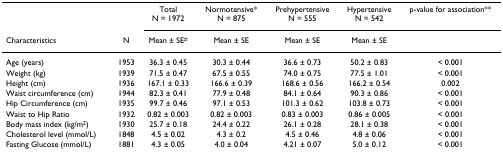
|  |  | Total N = 1972 | Normotensive* N = 875 | Prehypertensive N = 555 | Hypertensive N = 542 | p-value for association** |
 | Characteristics | N | Mean ± SE# | Mean ± SE | Mean ± SE | Mean ± SE |  |
 | --- | --- | --- | --- | --- | --- | --- |
 | Age (years) | 1953 | 36.3 ± 0.45 | 30.3 ± 0.44 | 36.6 ± 0.73 | 50.2 ± 0.83 | < 0.001 |
 | Weight (kg) | 1939 | 71.5 ± 0.47 | 67.5 ± 0.55 | 74.0 ± 0.75 | 77.5 ± 1.01 | < 0.001 |
 | Height (cm) | 1936 | 167.1 ± 0.33 | 166.6 ± 0.39 | 168.6 ± 0.56 | 166.2 ± 0.54 | 0.002 |
 | Waist circumference (cm) | 1944 | 82.3 ± 0.41 | 77.9 ± 0.48 | 84.1 ± 0.64 | 90.3 ± 0.86 | < 0.001 |
 | Hip Circumference (cm) | 1935 | 99.7 ± 0.46 | 97.1 ± 0.53 | 101.3 ± 0.62 | 103.8 ± 0.73 | < 0.001 |
 | Waist to Hip Ratio | 1932 | 0.82 ± 0.003 | 0.82 ± 0.003 | 0.83 ± 0.003 | 0.86 ± 0.005 | < 0.001 |
 | Body mass index (kg/m2) | 1930 | 25.7 ± 0.18 | 24.4 ± 0.22 | 26.1 ± 0.28 | 28.1 ± 0.38 | < 0.001 |
 | Cholesterol level (mmol/L) | 1848 | 4.5 ± 0.02 | 4.3 ± 0.2 | 4.5 ± 0.46 | 4.8 ± 0.06 | < 0.001 |
 | Fasting Glucose (mmol/L) | 1881 | 4.3 ± 0.05 | 4.0 ± 0.04 | 4.21 ± 0.07 | 5.0 ± 0.12 | < 0.001 |